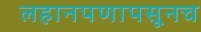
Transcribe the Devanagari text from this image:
लहानपणापसूनच